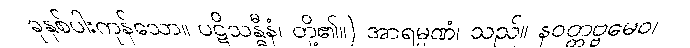
ခုနှစ်ပါးကုန်သော။ ပဋိသန္ဓီနံ၊ တို့၏။) အာရမ္မဏံ၊ သည်။ နဝတ္တဗ္ဗမေဝ၊